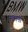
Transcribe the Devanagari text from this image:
मन्मना